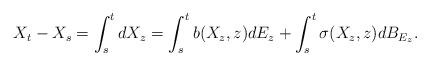
LaTeX: \begin{align*}X_t - X_s &=\int_s^t dX_z = \int_s^t b(X_z, z)dE_z + \int_s^t \sigma(X_z, z)dB_{E_z}.\end{align*}